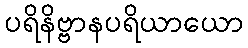
ပရိနိဗ္ဗာနပရိယာယော